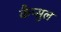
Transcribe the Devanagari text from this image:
कैप्सुल